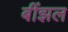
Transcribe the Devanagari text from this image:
बींझल